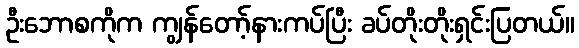
ဦးဘောစကိုက ကျွန်တော့်နားကပ်ပြီး ခပ်တိုးတိုးရှင်းပြတယ်။